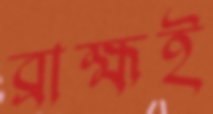
ব্রাহ্মই